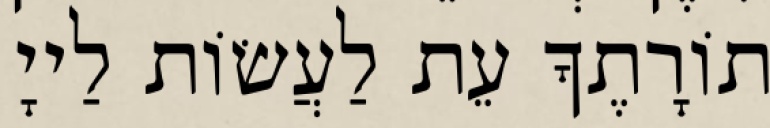
תוֹרָתֶךָ עֵת לַעֲשׂוֹת לַייָ